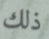
ذلك